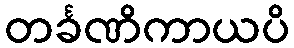
တင်္ခဏိကာယပိ